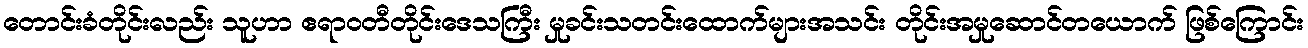
တောင်းခံတိုင်းလည်း သူဟာ ဧရာဝတီတိုင်းဒေသကြီး မှုခင်းသတင်းထောက်များအသင်း တိုင်းအမှုဆောင်တယောက် ဖြစ်ကြောင်း